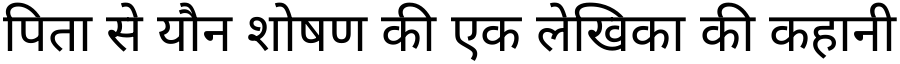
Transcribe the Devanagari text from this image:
पिता से यौन शोषण की एक लेखिका की कहानी